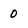
Character: 0